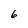
Character: 6